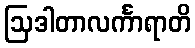
ဩဒါတာလင်္ကာရာတိ